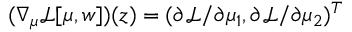
( \nabla _ { \mu } \mathcal { L } [ \mu , w ] ) ( z ) = ( \partial \mathcal { L } / \partial \mu _ { 1 } , \partial \mathcal { L } / \partial \mu _ { 2 } ) ^ { T }